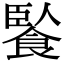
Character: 䭆